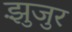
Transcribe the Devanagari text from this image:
झुंजुर